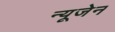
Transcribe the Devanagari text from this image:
न्यूजेन